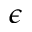
\epsilon